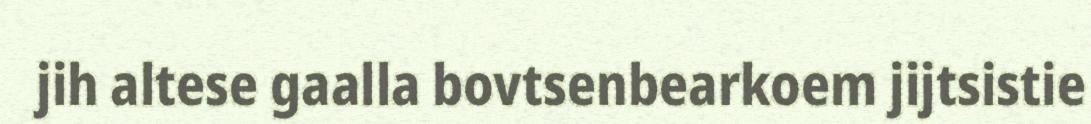
jih altese gaalla bovtsenbearkoem jijtsistie